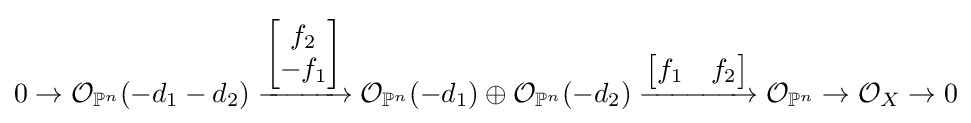
0\to {\mathcal {O}}_{\mathbb {P} ^{n}}(-d_{1}-d_{2})\xrightarrow {\begin{bmatrix}f_{2}\\-f_{1}\end{bmatrix}} {\mathcal {O}}_{\mathbb {P} ^{n}}(-d_{1})\oplus {\mathcal {O}}_{\mathbb {P} ^{n}}(-d_{2})\xrightarrow {\begin{bmatrix}f_{1}&f_{2}\end{bmatrix}} {\mathcal {O}}_{\mathbb {P} ^{n}}\to {\mathcal {O}}_{X}\to 0